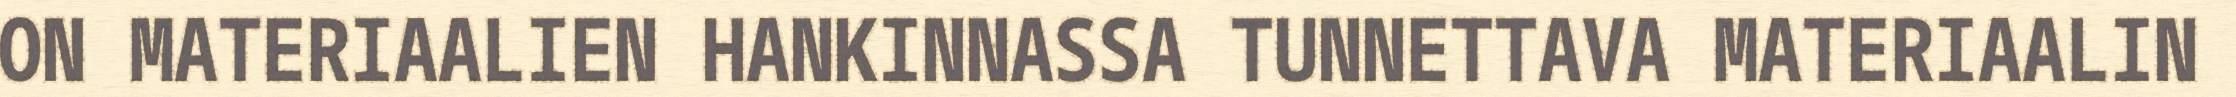
ON MATERIAALIEN HANKINNASSA TUNNETTAVA MATERIAALIN